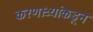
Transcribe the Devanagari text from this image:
करणाऱ्यांकडून